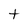
Character: t